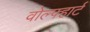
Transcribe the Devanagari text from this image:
वोल्फ्हार्ट